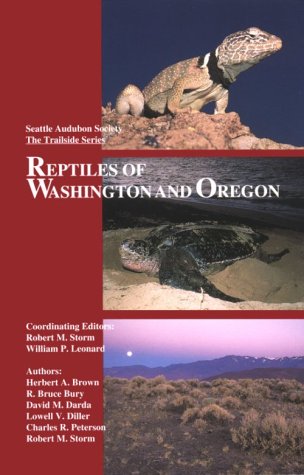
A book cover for Reptiles of Washington and Oregon; Robert M. Storm; Sports & Outdoors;